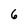
Character: 6